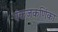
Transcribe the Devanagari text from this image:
पंकजकर्णिका